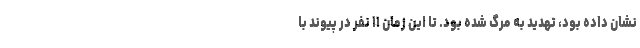
نشان داده بود، تهدید به مرگ شده بود. تا این زمان ۱۱ نفر در پیوند با